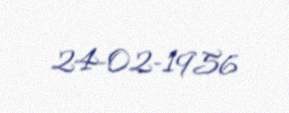
24-02-1956